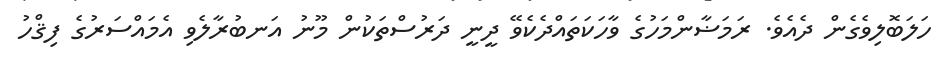
ހަލަބޮލިވެގެން ދެއެވެ. ރަމަޟާންމަހުގެ ވާހަކަތައްދެކެވޭ ދީނީ ދަރުސްތަކުން މޫނު އަނބުރާލެވި އެމައްސަރުގެ ފިޤްހު